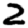
Digit: 2